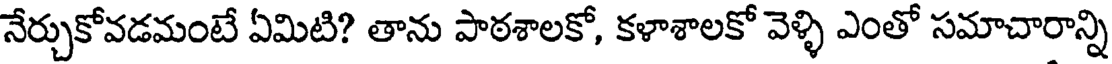
నేర్చుకోవడమంటే ఏమిటి? తాను పాఠశాలకో, కళాశాలకో వెళ్ళి ఎంతో సమాచారాన్ని